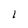
Character: 1